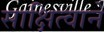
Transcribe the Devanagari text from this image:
साक्षित्वाने